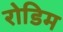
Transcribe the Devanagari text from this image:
रोडिम